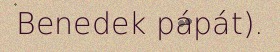
Benedek pápát).